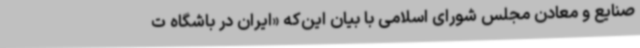
صنایع و معادن مجلس شورای اسلامی با بیان این‌که «ایران در باشگاه ت